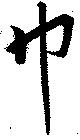
巾